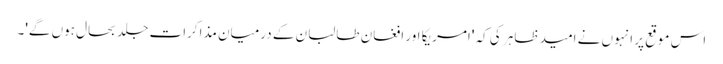
اس موقع پر انہوں نے امید ظاہر کی کہ 'امریکا اور افغان طالبان کے درمیان مذاکرات جلد بحال ہوں گے'۔